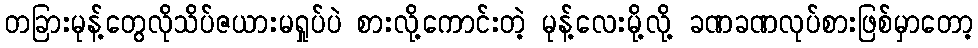
တခြားမုန့်တွေလိုသိပ်ဇယားမရှုပ်ပဲ စားလို့ကောင်းတဲ့ မုန့်လေးမို့လို့ ခဏခဏလုပ်စားဖြစ်မှာတော့